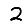
Digit: 2